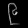
Digit: ၉